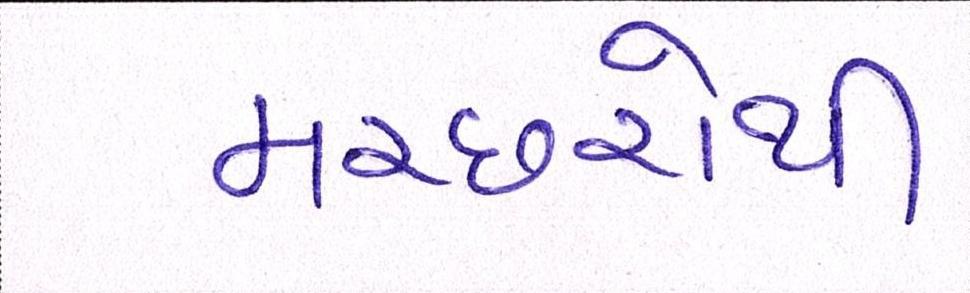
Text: મચ્છરોથી